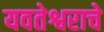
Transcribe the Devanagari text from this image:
यवतेश्वराचे